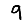
Digit: 9